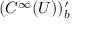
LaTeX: ( C ^ { \infty } ( U ) ) _ { b } ^ { \prime }